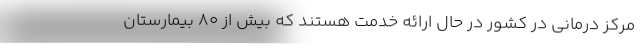
مرکز درمانی در کشور در حال ارائه خدمت هستند که بیش از ۸۰ بیمارستان